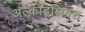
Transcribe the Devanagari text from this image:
अल्कोहलिक्स